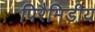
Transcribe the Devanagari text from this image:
पिरैमिडीय